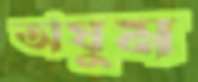
অঘুম